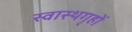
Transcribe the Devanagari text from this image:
स्वास्थगृहों